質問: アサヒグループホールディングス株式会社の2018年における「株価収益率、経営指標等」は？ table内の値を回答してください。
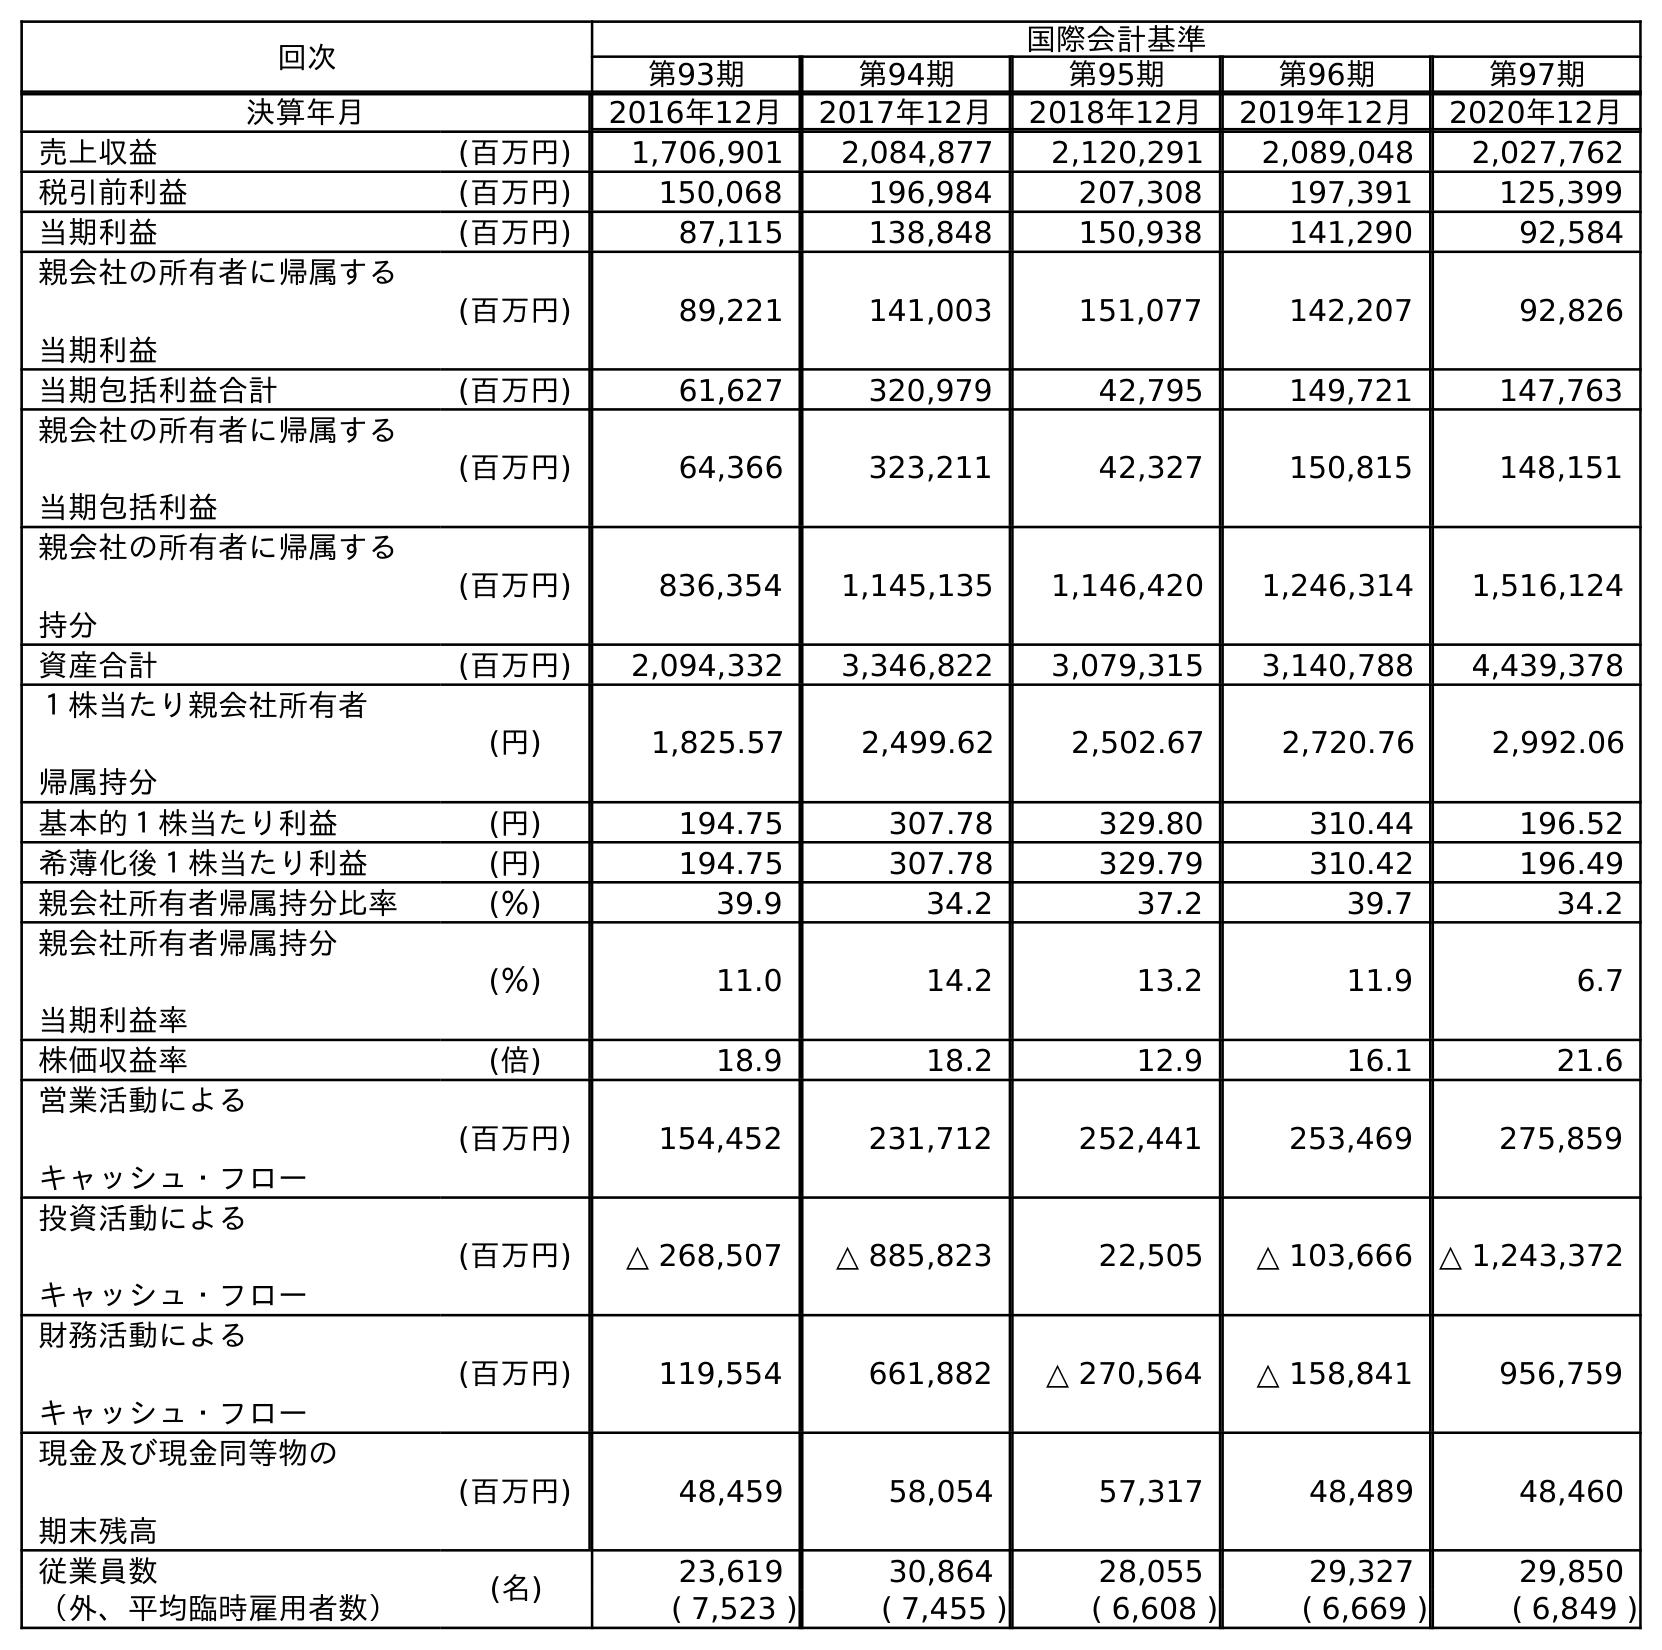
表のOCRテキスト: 回次 国際会計基準 第93期 第94期 第95期 第96期 第97期 決算年月 2016年12月 2017年12月 2018年12月 2019年12月 2020年12月 売上収益 (百万円) 1,706,901 2,084,877 2,120,291 2,089,048 2,027,762 税引前利益 (百万円) 150,068 196,984 207,308 197,391 125,399 当期利益 (百万円) 87,115 138,848 150,938 141,290 92,584 親会社の所有者に帰属する 当期利益 (百万円) 89,221 141,003 151,077 142,207 92,826 当期包括利益合計 (百万円) 61,627 320,979 42,795 149,721 147,763 親会社の所有者に帰属する 当期包括利益 (百万円) 64,366 323,211 42,327 150,815 148,151 親会社の所有者に帰属する 持分 (百万円) 836,354 1,145,135 1,146,420 1,246,314 1,516,124 資産合計 (百万円) 2,094,332 3,346,822 3,079,315 3,140,788 4,439,378 １株当たり親会社所有者 帰属持分 (円) 1,825.57 2,499.62 2,502.67 2,720.76 2,992.06 基本的１株当たり利益 (円) 194.75 307.78 329.80 310.44 196.52 希薄化後１株当たり利益 (円) 194.75 307.78 329.79 310.42 196.49 親会社所有者帰属持分比率 (％) 39.9 34.2 37.2 39.7 34.2 親会社所有者帰属持分 当期利益率 (％) 11.0 14.2 13.2 11.9 6.7 株価収益率 (倍) 18.9 18.2 12.9 16.1 21.6 営業活動による キャッシュ・フロー (百万円) 154,452 231,712 252,441 253,469 275,859 投資活動による キャッシュ・フロー (百万円) △ 268,507 △ 885,823 22,505 △ 103,666 △ 1,243,372 財務活動による キャッシュ・フロー (百万円) 119,554 661,882 △ 270,564 △ 158,841 956,759 現金及び現金同等物の 期末残高 (百万円) 48,459 58,054 57,317 48,489 48,460 従業員数 (名) 23,619 30,864 28,055 29,327 29,850 （外、平均臨時雇用者数） ( 7,523 ) ( 7,455 ) ( 6,608 ) ( 6,669 ) ( 6,849 )
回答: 12.9